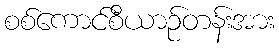
စစ်ကောင်စီယာဉ်တန်းအား